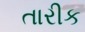
તારીક